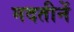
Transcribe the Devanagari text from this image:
मदतीनें